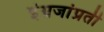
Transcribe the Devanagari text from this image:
इंग्रजांप्रती